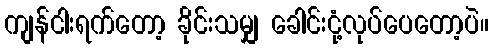
ကျန်ငါးရက်တော့ ခိုင်းသမျှ ခေါင်းငုံ့လုပ်ပေတော့ပဲ။